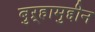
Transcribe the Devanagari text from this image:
बुऱ्हामुद्दीन